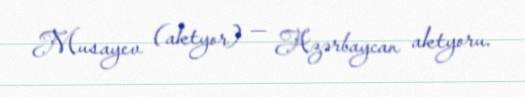
Musayev (aktyor) — Azərbaycan aktyoru.